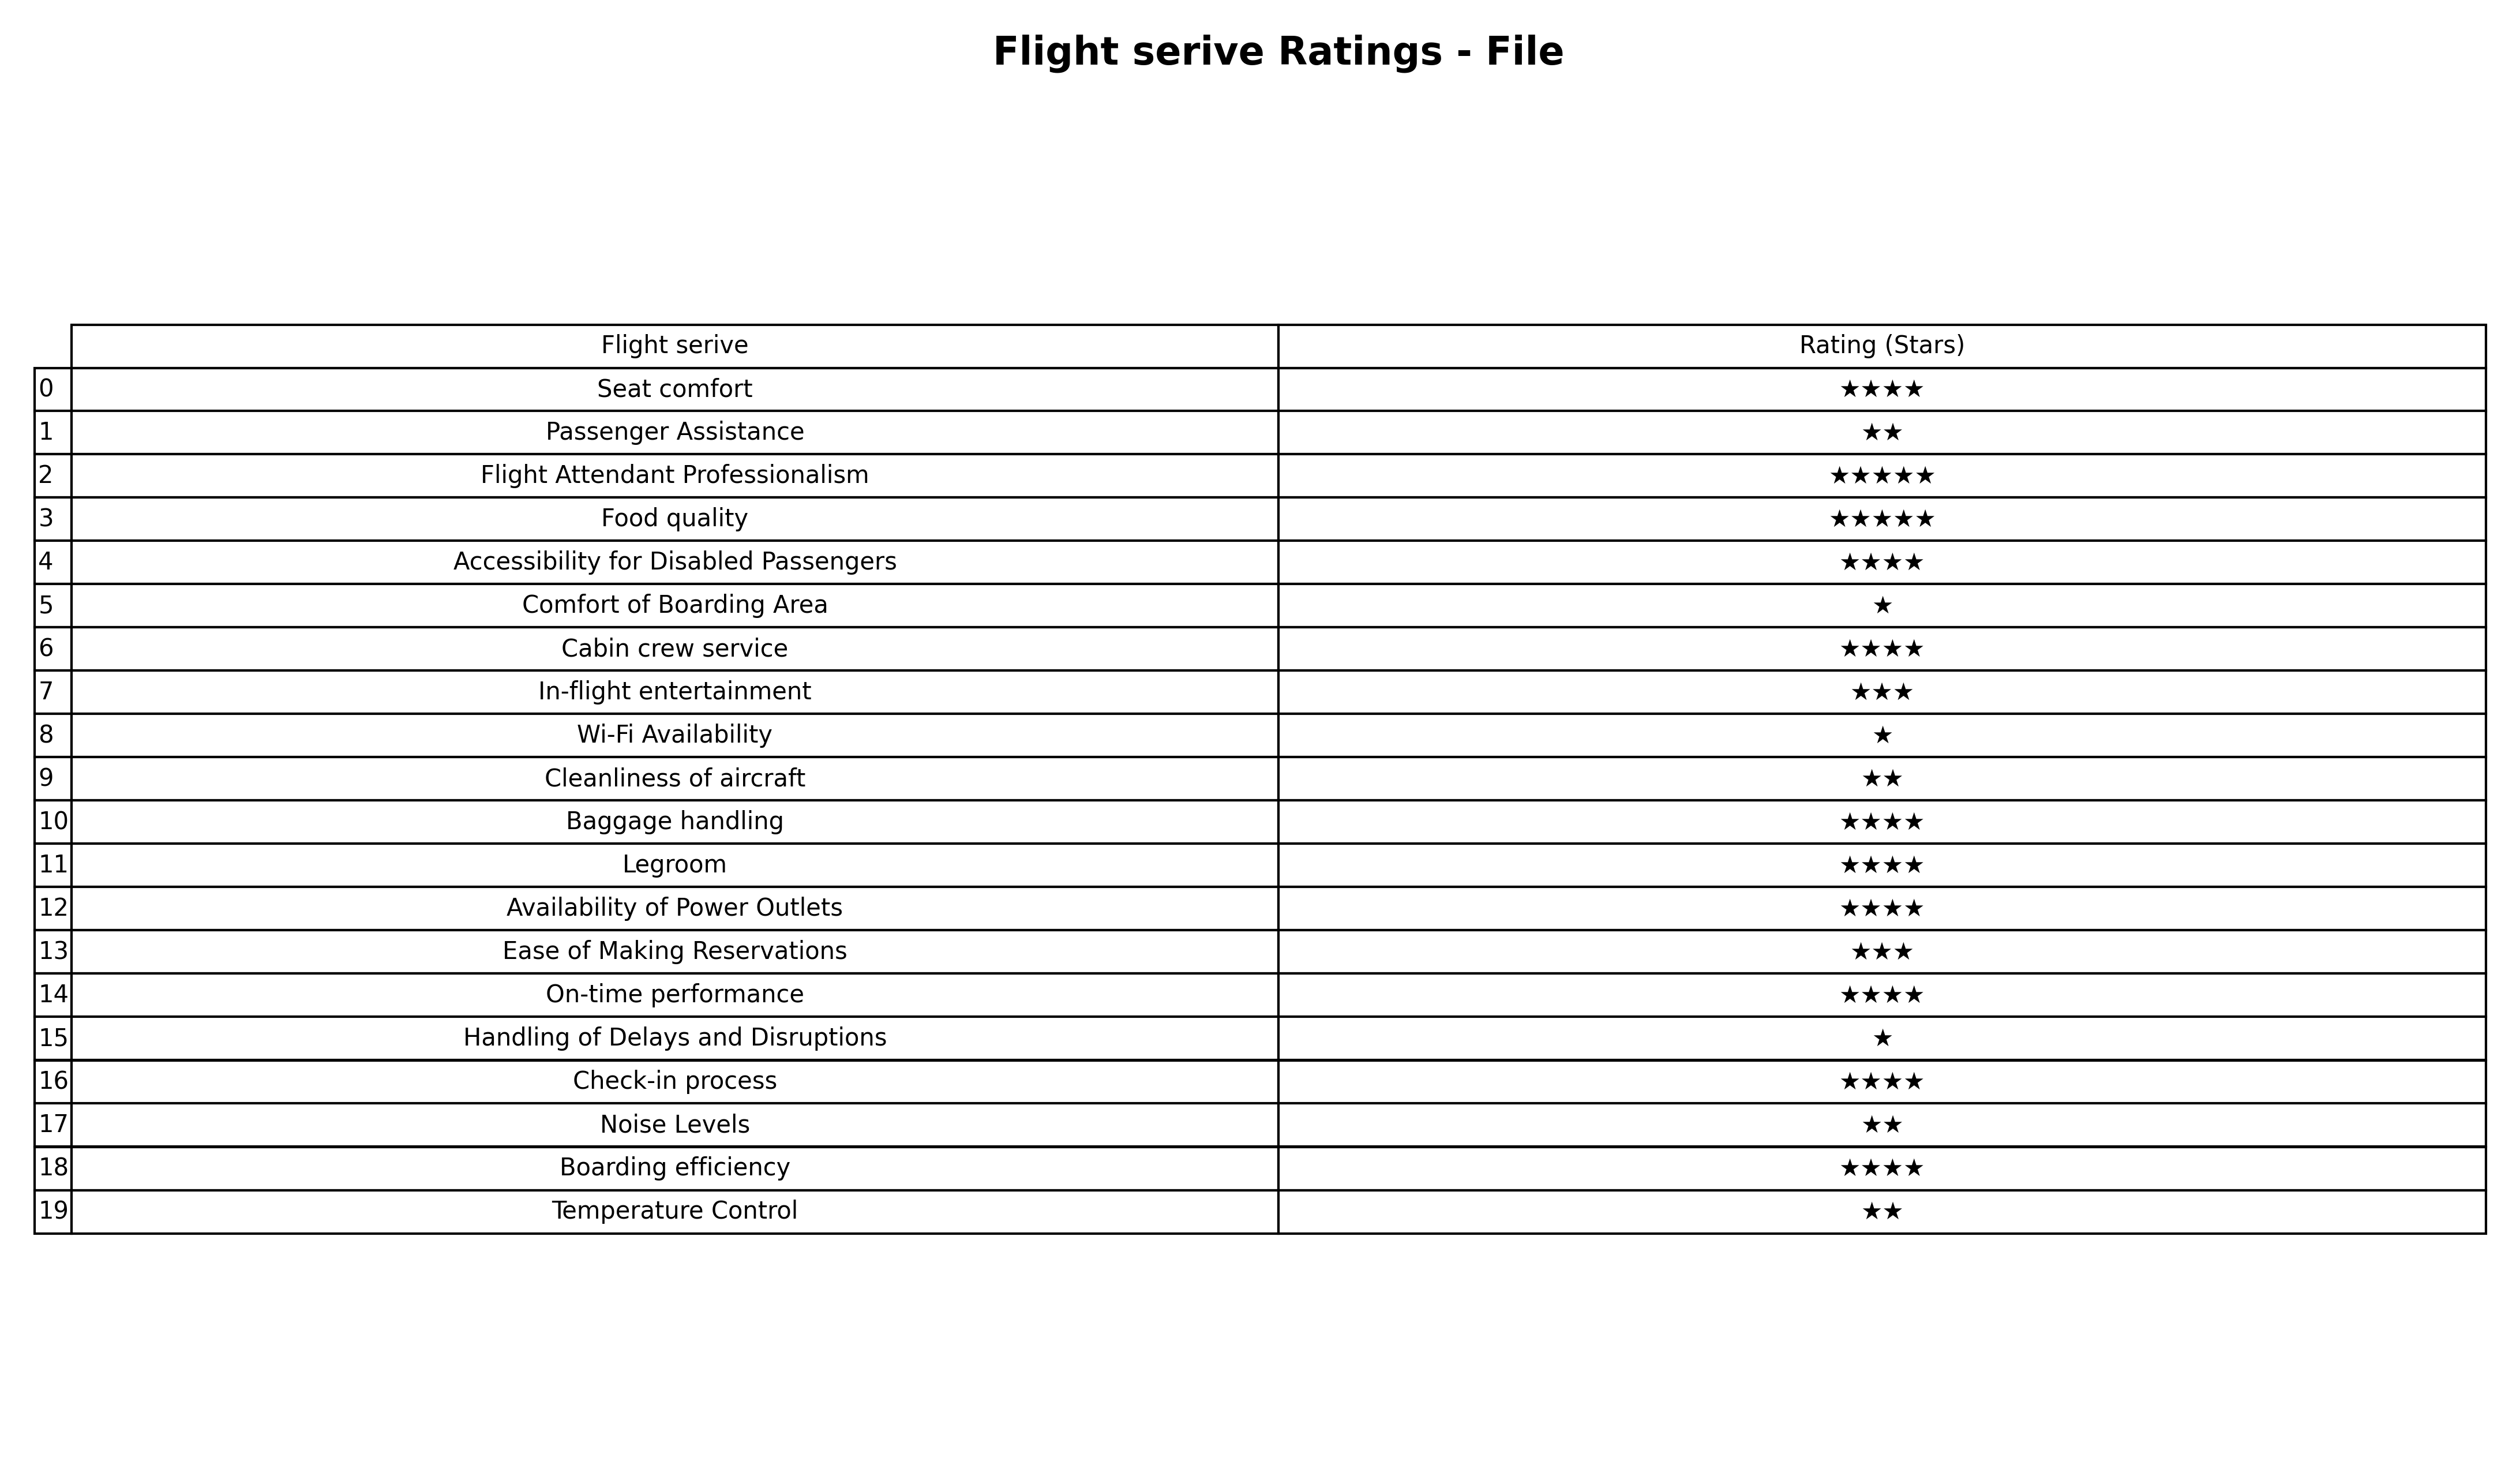
question: What are three star services?
answer: In-flight entertainmentEase of Making Reservations